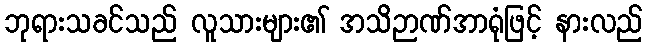
ဘုရားသခင်သည် လူသားများ၏ အသိဉာဏ်အာရုံဖြင့် နားလည်